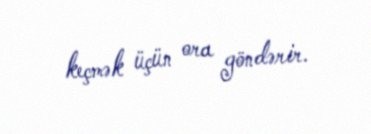
keçmək üçün ora göndərir.